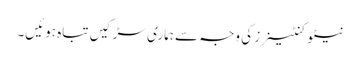
نیٹو کنٹینرز کی وجہ سے ہماری سڑکیں تباہ ہوئیں۔